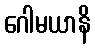
ဂေါမယာနိ